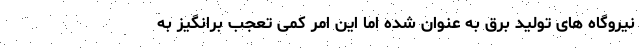
نیروگاه های تولید برق به عنوان شده اما این امر کمی تعجب برانگیز به